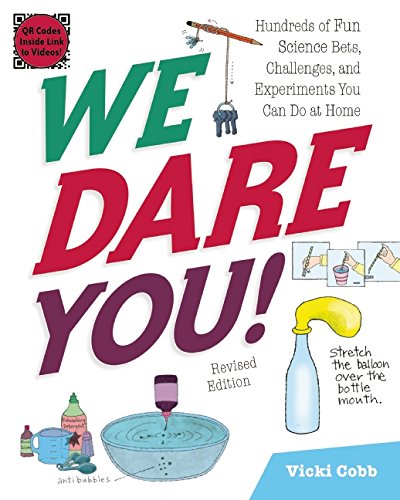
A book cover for We Dare You!: Hundreds of Fun Science Bets, Challenges, and Experiments You Can Do at Home; Vicki Cobb; Children's Books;